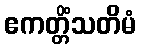
ဧကတ္တိံသတိမံ